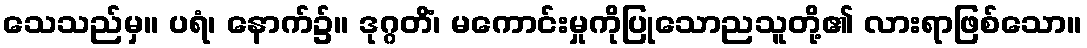
သေသည်မှ။ ပရံ၊ နောက်၌။ ဒုဂ္ဂတိံ၊ မကောင်းမှုကိုပြုသောညသူတို့၏ လားရာဖြစ်သော။